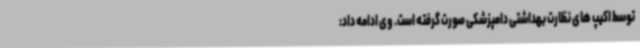
توسط اکیپ های نظارت بهداشتی دامپزشکی صورت گرفته است. وی ادامه داد: